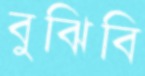
বুঝিবি